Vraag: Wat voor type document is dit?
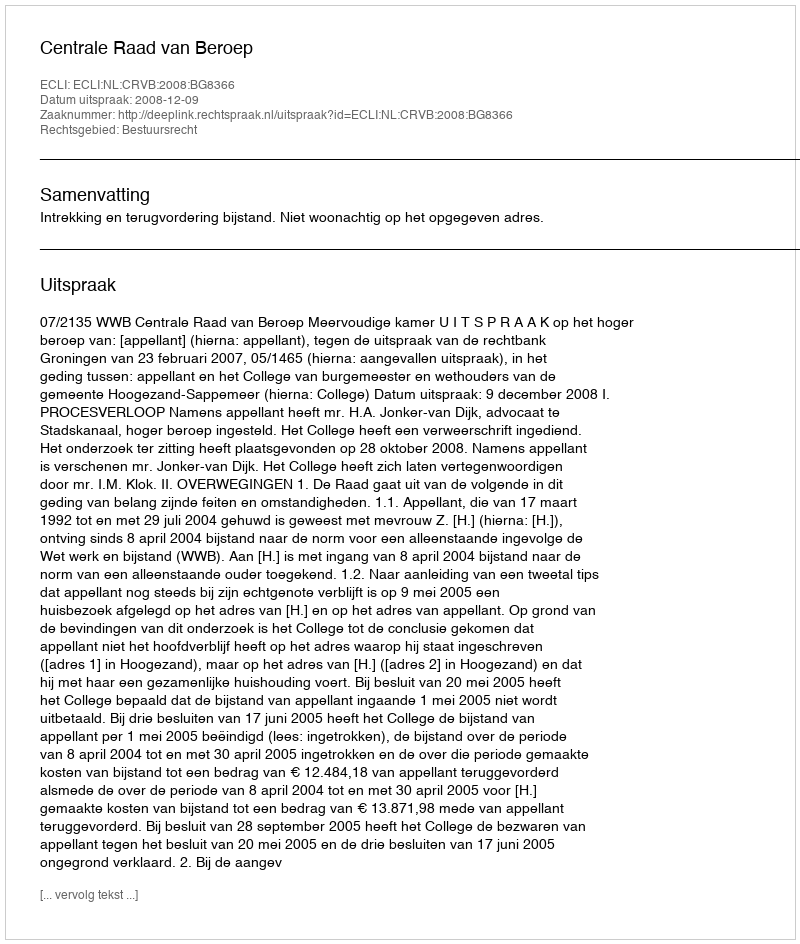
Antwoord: Uitspraak